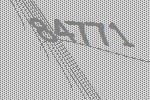
84771